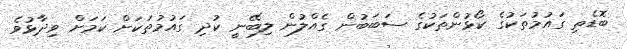
ބޮޑެތި ގައުމުތަކުގެ ކޯޅުންތަކުގެ ސަބަބުން ގެއްލުން ލިބޭނީ ކުދި ގައުމުތަކަށް ކަމަށް ވިދާޅުވެ